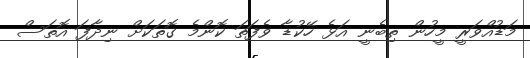
މަޑުއްވަރީ މީހުން ތިބެނީ އަޅެ ހޭކުޑާ ވެފަތަ ކޮންމެ ގޮތަކަށް ނިދާފަ އޮތަސް